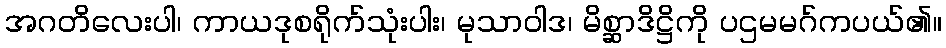
အဂတိလေးပါ၊ ကာယဒုစရိုက်သုံးပါး၊ မုသာဝါဒ၊ မိစ္ဆာဒိဋ္ဌိကို ပဌမမဂ်ကပယ်၏။